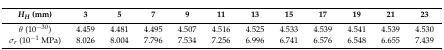
<table><thead><tr><td><b><i>H<sub>H</sub></i> (mm)</b></td><td><b>3</b></td><td><b>5</b></td><td><b>7</b></td><td><b>9</b></td><td><b>11</b></td><td><b>13</b></td><td><b>15</b></td><td><b>17</b></td><td><b>19</b></td><td><b>21</b></td><td><b>23</b></td></tr></thead><tbody><tr><td><i>θ</i> (10<sup>−30</sup>)</td><td>4.459</td><td>4.481</td><td>4.495</td><td>4.507</td><td>4.516</td><td>4.525</td><td>4.533</td><td>4.539</td><td>4.541</td><td>4.539</td><td>4.530</td></tr><tr><td><i>σ<sub>r</sub></i> (10<sup>−1</sup> MPa)</td><td>8.026</td><td>8.004</td><td>7.796</td><td>7.534</td><td>7.256</td><td>6.996</td><td>6.741</td><td>6.576</td><td>6.548</td><td>6.655</td><td>7.439</td></tr></tbody></table>